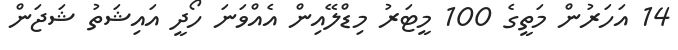
14 އަހަރުން މަތީގެ 100 މީޓަރު މިޑްލޭއިން އެއްވަނަ ހޯދީ އައިޝަތު ޝަޖަން